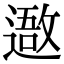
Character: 䢩